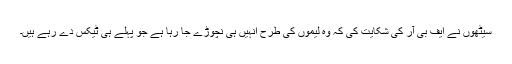
سیٹھوں نے ایف بی آر کی شکایت کی کہ وہ لیموں کی طرح انہیں ہی نچوڑے جا رہا ہے جو پہلے ہی ٹیکس دے رہے ہیں۔